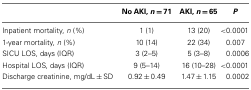
<table><thead><tr><td></td><td><b>No AKI, <i>n</i> = 71</b></td><td><b>AKI, <i>n</i> = 65</b></td><td><b><i>P</i></b></td></tr></thead><tbody><tr><td>Inpatient mortality, <i>n</i> (%)</td><td>1 (1)</td><td>13 (20)</td><td>&lt;0.0001</td></tr><tr><td>1-year mortality, <i>n</i> (%)</td><td>10 (14)</td><td>22 (34)</td><td>0.007</td></tr><tr><td>SICU LOS, days (IQR)</td><td>3 (2–5)</td><td>5 (3–8)</td><td>0.0006</td></tr><tr><td>Hospital LOS, days (IQR)</td><td>9 (5–14)</td><td>16 (10–28)</td><td>&lt;0.0001</td></tr><tr><td>Discharge creatinine, mg/dL ± SD</td><td>0.92 ± 0.49</td><td>1.47 ± 1.15</td><td>0.0002</td></tr></tbody></table>